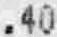
.40